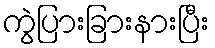
ကွဲပြားခြားနားပြီး